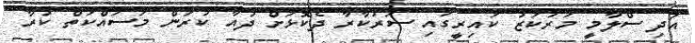
އަދި ސްލާމީ މަރުކަޒު ކައިރީގައި ސަރުކާރާ ދެކޮޅަށް ދުއާ ކުރަން މަސައްކަތް ކުރާ